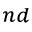
^ { n d }